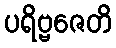
ပရိဗ္ဗဇေတိ